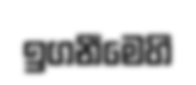
ඉගනීමෙහි